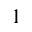
^ 1